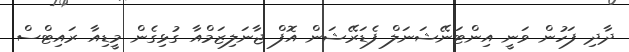
ދާދި ފަހުން ވަނީ އިންޓަނޭޝަނަލް ފެޑަރޭޝަން އޮފް ޖާނަލިޒަމްއާ ގުޅިގެން މީޑިއާ ރައިޓްސް